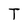
Character: T